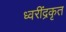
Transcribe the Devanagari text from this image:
ध्वरींद्रकृत